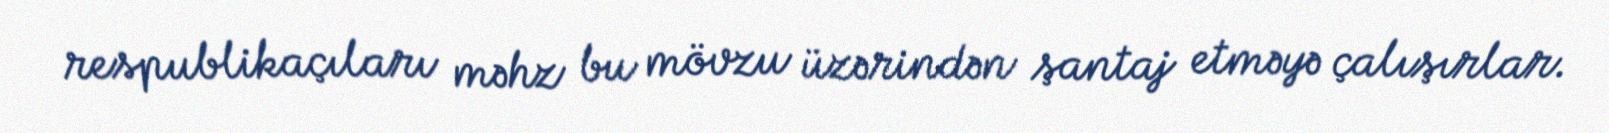
respublikaçıları məhz bu mövzu üzərindən şantaj etməyə çalışırlar.